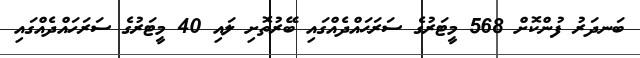
ބަނދަރު ފުންކޮށް 568 މީޓަރުގެ ސަރަޙައްދެއްގައި ބޭރުތޮށި ލައި 40 މީޓަރުގެ ސަރަހައްދެއްގައި